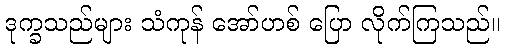
ဒုက္ခသည်များ သံကုန် အော်ဟစ် ပြော လိုက်ကြသည်။